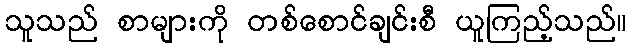
သူသည် စာများကို တစ်စောင်ချင်းစီ ယူကြည့်သည်။